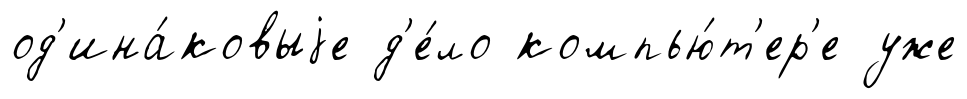
од'ина́ковыjе д'е́ло компью́т'ер'е уже